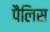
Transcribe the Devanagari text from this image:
पैलिस